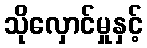
သိုလှောင်မှုနှင့်